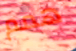
همم